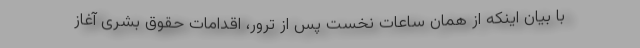
با بیان اینکه از همان ساعات نخست پس از ترور، اقدامات حقوق بشری آغاز